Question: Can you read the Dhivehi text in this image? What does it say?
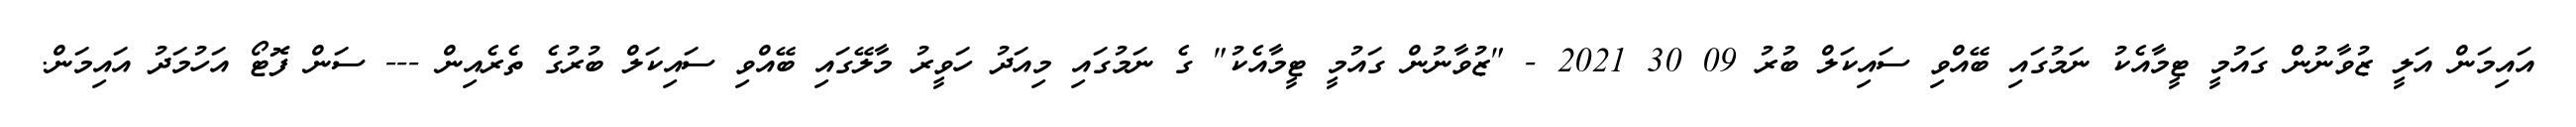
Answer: އައިމަން އަލީ ޒުވާނުން ގައުމީ ޓީމާއެކު ނަމުގައި ބޭއްވި ސައިކަލް ބުރު 09 30 2021 - "ޒުވާނުން ގައުމީ ޓީމާއެކު" ގެ ނަމުގައި މިއަދު ހަވީރު މާލޭގައި ބޭއްވި ސައިކަލް ބުރުގެ ތެރެއިން --- ސަން ފޮޓޯ އަހުމަދު އައިމަން.